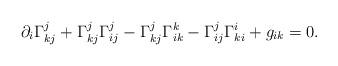
LaTeX: \begin{align*} \partial_i\Gamma^j_{kj}+\Gamma^j_{kj}\Gamma^j_{ij}-\Gamma^j_{kj}\Gamma^k_{ik}-\Gamma^j_{ij}\Gamma^i_{ki}+g_{ik}=0. \end{align*}